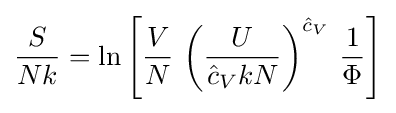
{\frac {S}{Nk}}=\ln \left[{\frac {V}{N}}\,\left({\frac {U}{{\hat {c}}_{V}kN}}\right)^{{\hat {c}}_{V}}\,{\frac {1}{\Phi }}\right]